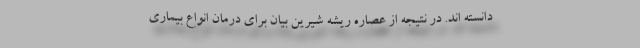
دانسته اند. در نتیجه از عصاره ریشه شیرین بیان برای درمان انواع بیماری